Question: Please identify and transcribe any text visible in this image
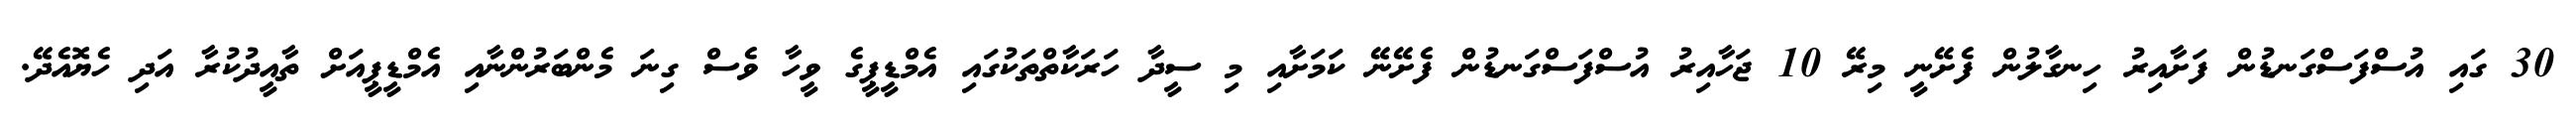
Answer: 30 ގައި އުސްފަސްގަނޑުން ފަށާއިރު ހިނގާލުން ފެށޭނީ މިރޭ 10 ޖަހާއިރު އުސްފަސްގަނޑުން ފެށޭނޭ ކަމަށާއި މި ސީދާ ހަރަކާތްތަކުގައި އެމްޑީޕީގެ ވީހާ ވެސް ގިނަ މެންބަރުންނާއި އެމްޑީޕީއަށް ތާއީދުކުރާ އަދި ހެޔޮއެދޭ.